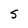
Character: S